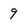
Character: 9